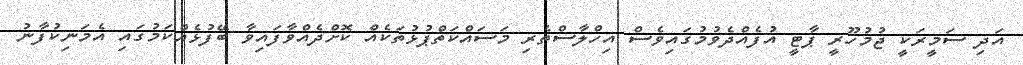
އަދި ސަމީރަކީ ޖުމުހޫރީ ޕާޓީ އުފެއްދެވުމުގައިވެސް އިހްލާސްތެރި މަސައްކަތްޕުޅުތަކެއް ކޮށްދެއްވާފައިވާ ބޭފުޅެއްކަމުގައި އެމަނިކުފާނު